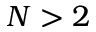
N > 2